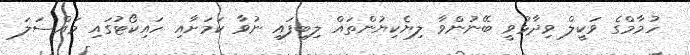
ހުމާމްގެ ވަކީލް ވިދާޅުވީ ބޭނުންވާ ލިޔެކިޔުންތައް ލިބިފައި ނުވާ ކަމަށާއި ހައިކޯޓުގައި މައްސަލަ